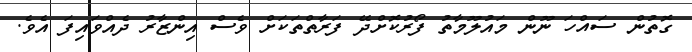
ގޮތުން ސައްހަ ނޫން މައުލޫމާތު ފޯރުކޮށްދޭ ފަރާތްތަކަށް ވެސް އިންޒާރު ދެއްވައިފަ އެވެ.